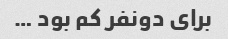
برای دونفر کم بود …